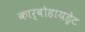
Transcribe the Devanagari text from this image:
कार्बोहायड्रेट